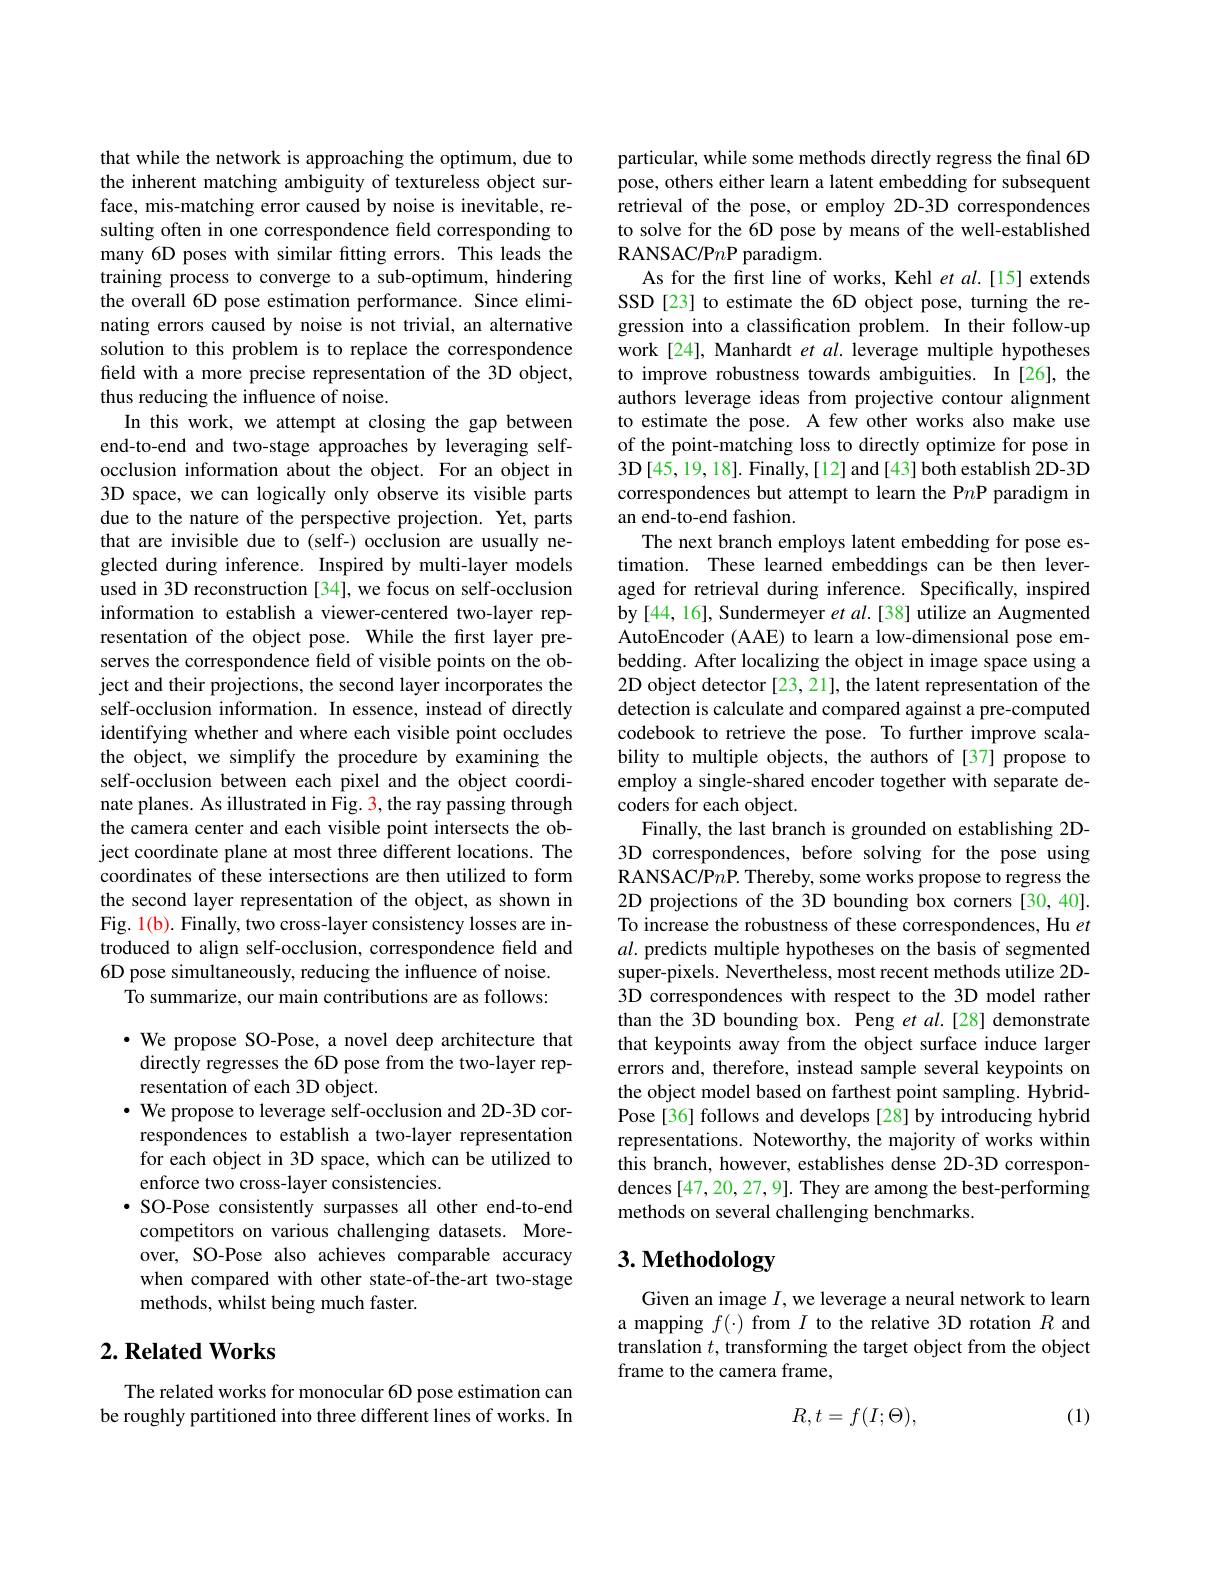
that while the network is approaching the optimum, due to the inherent matching ambiguity of textureless object surface, mis-matching error caused by noise is inevitable, resulting often in one correspondence field corresponding to many 6D poses with similar fitting errors. This leads the training process to converge to a sub-optimum, hindering the overall 6D pose estimation performance. Since eliminating errors caused by noise is not trivial, an alternative solution to this problem is to replace the correspondence field with a more precise representation of the 3D object, thus reducing the influence of noise.
In this work, we attempt at closing the gap between end-to-end and two-stage approaches by leveraging selfocclusion information about the object. For an object in 3D space, we can logically only observe its visible parts due to the nature of the perspective projection. Yet, parts that are invisible due to (self-) occlusion are usually neglected during inference. Inspired by multi-layer models used in 3D reconstruction [34], we focus on self-occlusion information to establish a viewer-centered two-layer representation of the object pose. While the first layer preserves the correspondence field of visible points on the object and their projections, the second layer incorporates the self-occlusion information. In essence, instead of directly identifying whether and where each visible point occludes the object, we simplify the procedure by examining the self-occlusion between each pixel and the object coordinate planes. As illustrated in Fig. 3, the ray passing through the camera center and each visible point intersects the object coordinate plane at most three different locations. The coordinates of these intersections are then utilized to form the second layer representation of the object, as shown in Fig. 1(b). Finally, two cross-layer consistency losses are introduced to align self-occlusion, correspondence field and 6D pose simultaneously, reducing the influence of noise.
To summarize, our main contributions are as follows:

$\bullet$ We propose SO-Pose, a novel deep architecture that
directly regresses the 6D pose from the two-layer rep-
resentation of each 3D object.
· We propose to leverage self-occlusion and 2D-3D cor-
respondences to establish a two-layer representation for each object in 3D space, which can be utilized to enforce two cross-layer consistencies.
$\bullet$ SO-Pose consistently surpasses all other end-to-end competitors on various challenging datasets. Moreover, SO-Pose also achieves comparable accuracy when compared with other state-of-the-art two-stage methods, whilst being much faster.

## $2. \textbf{Related Works}$

The related works for monocular 6D pose estimation can be roughly partitioned into three different lines of works. In

particular, while some methods directly regress the final 6D pose, others either learn a latent embedding for subsequent retrieval of the pose, or employ 2D-3D correspondences to solve for the 6D pose by means of the well-established RANSAC/P$n$P paradigm.
As for the first line of works, Kehl et al.[15] extends SSD[23] to estimate the 6D object pose, turning the regression into a classification problem. In their follow-up work [24], Manhardt et al. leverage multiple hypotheses to improve robustness towards ambiguities. In [26], the authors leverage ideas from projective contour alignment to estimate the pose. A few other works also make use of the point-matching loss to directly optimize for pose in 3D[45,19,18]. Finally,[12] and[43] both establish 2D-3D correspondences but attempt to learn the P$n$P paradigm in an end-to-end fashion.
The next branch employs latent embedding for pose estimation. These learned embeddings can be then leveraged for retrieval during inference. Specifically, inspired by [44, 16], Sundermeyer et al. [38] utilize an Augmented AutoEncoder (AAE) to learn a low-dimensional pose embedding. After localizing the object in image space using a 2D object detector [23, 21], the latent representation of the detection is calculate and compared against a pre-computed codebook to retrieve the pose. To further improve scalability to multiple objects, the authors of [37] propose to employ a single-shared encoder together with separate decoders for each object.
Finally, the last branch is grounded on establishing 2D- 3D correspondences, before solving for the pose using RANSAC/P$n$P. Thereby, some works propose to regress the 2D projections of the 3D bounding box corners [30,40]. To increase the robustness of these correspondences, Hu $et$ $al.$ predicts multiple hypotheses on the basis of segmented super-pixels. Nevertheless, most recent methods utilize 2D- 3D correspondences with respect to the 3D model rather than the 3D bounding box. Peng et al.[28] demonstrate that keypoints away from the object surface induce larger errors and, therefore, instead sample several keypoints on the object model based on farthest point sampling. HybridPose[36] follows and develops [28] by introducing hybrid representations. Noteworthy, the majority of works within this branch, however, establishes dense 2D-3D correspondences [47,20,27,9]. They are among the best-performing methods on several challenging benchmarks.

# 3. Methodology

Given an image $I$, we leverage a neural network to learn a mapping $f(\cdot)$ from $I$ to the relative 3D rotation $R$ and translation $t$, transforming the target object from the object frame to the camera frame,
$$R,t=f(I;\Theta),$$
(1)